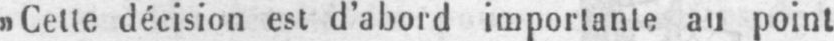
»Cette décision est d’abord importante au point